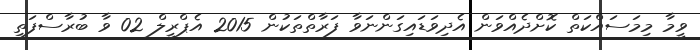
ވީމާ މިމަސައްކަތް ކޮށްދެއްވަން އެދިވަޑައިގަންނަވާ ފަރާތްތަކުން 2015 އެޕްރީލް 02 ވާ ބުރާސްފަތި